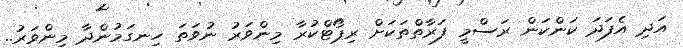
އަދި އެފަދަ ކަންކަން ރަސްމީ ފަރާތްތަކަށް ރިޕޯޓްކުރާ މިންވަރު ނުވަތަ ހިނގަމުންދާ މިންވަރު..